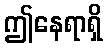
ဤနေရာရှိ